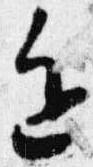
色